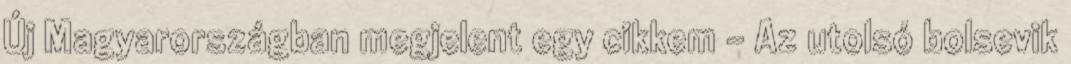
Új Magyaror­szág­ban megjelent egy cikkem – Az utolsó bolsevik